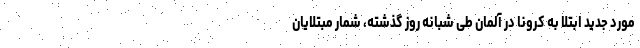
مورد جدید ابتلا به کرونا در آلمان طی شبانه روز گذشته، شمار مبتلایان